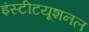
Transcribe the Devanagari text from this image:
इंस्‍टीटयूशनल